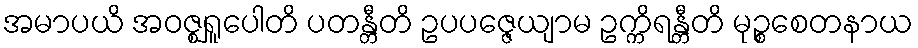
အမာပယိ အဝဇ္ဈရူပေါတိ ပတန္တီတိ ဥပပဇ္ဇေယျာမ ဥက္ကိရန္တီတိ မုဉ္စစေတနာယ